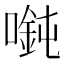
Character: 𫫲